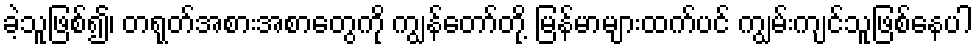
ခဲ့သူဖြစ်၍၊ တရုတ်အစားအစာတွေကို ကျွန်တော်တို့ မြန်မာများထက်ပင် ကျွမ်းကျင်သူဖြစ်နေပါ